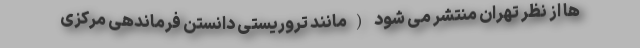
ها از نظر تهران منتشر می شود (مانند تروریستی دانستن فرماندهی مرکزی